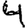
Digit: 4